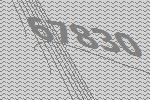
67830